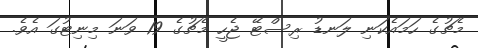
މެޗުގެ ހަމައެކަނި ލަނޑު ރިސްޓޭ ޖެހީ މެޗުގެ 19 ވަނަ މިނިޓުގަ އެވެ.